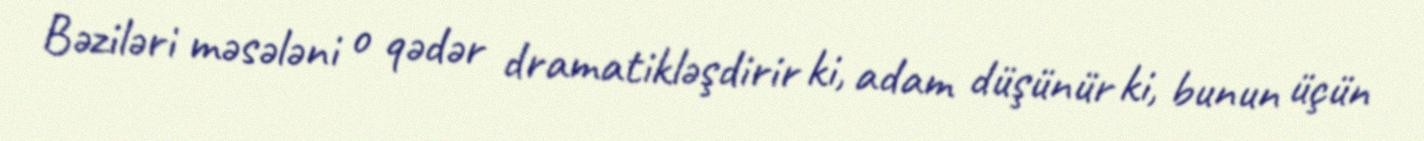
Bəziləri məsələni o qədər dramatikləşdirir ki, adam düşünür ki, bunun üçün